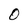
Character: 0